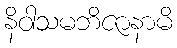
နိဝါသမဘိဇာနာမိ